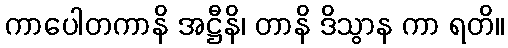
ကာပေါတကာနိ အဋ္ဌီနိ၊ တာနိ ဒိသွာန ကာ ရတိ။